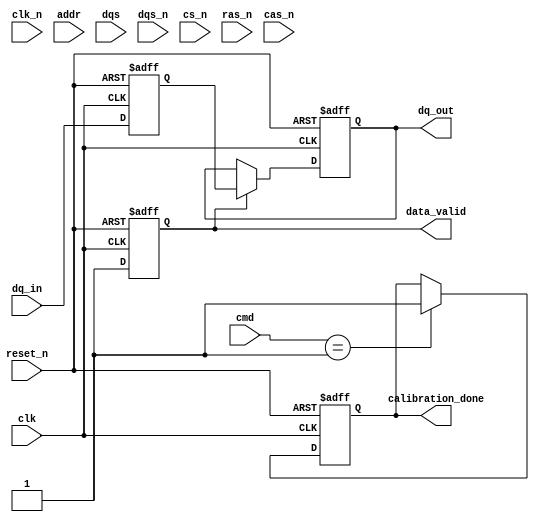
module gddr6x_io_block (
    input wire clk,
    input wire clk_n,
    input wire [DQ_WIDTH-1:0] dq_in,          // Data input
    output wire [DQ_WIDTH-1:0] dq_out,        // Data output
    input wire [ADDR_WIDTH-1:0] addr,         // Address input
    input wire [CMD_WIDTH-1:0] cmd,           // Command input
    input wire dqs,                            // Data Strobe
    input wire dqs_n,                          // Inverted Data Strobe
    input wire cs_n,                           // Chip Select
    input wire ras_n,                          // Row Address Strobe
    input wire cas_n,                          // Column Address Strobe
    output wire data_valid,                    // Data valid signal
    output wire calibration_done,              // Calibration status
    input wire reset_n                          // Asynchronous reset
);
    parameter DQ_WIDTH = 16;                   // Number of data signals
    parameter ADDR_WIDTH = 12;                 // Address width
    parameter CMD_WIDTH = 4;                   // Command width
    parameter CLK_PERIOD = 10;                  // Clock period in ns

    reg [DQ_WIDTH-1:0] data_buffer;            // Buffer for data
    reg [DQ_WIDTH-1:0] dq_out_reg;             // Output register for data
    reg calibration_done_reg;                   // Calibration done flag
    reg data_valid_reg;                         // Data valid flag

    // Input buffer for data signals
    always @(posedge clk or negedge reset_n) begin
        if (!reset_n) begin
            data_buffer <= 0;
            data_valid_reg <= 0;
        end else begin
            data_buffer <= dq_in;               // Capture incoming data
            data_valid_reg <= 1;                // Set data valid
        end
    end

    // Output buffer for data signals
    always @(posedge clk or negedge reset_n) begin
        if (!reset_n) begin
            dq_out_reg <= 0;                    // Reset output
        end else if (data_valid_reg) begin
            dq_out_reg <= data_buffer;          // Output the buffered data
        end
    end

    // Assign outputs
    assign dq_out = dq_out_reg;
    assign data_valid = data_valid_reg;

    // Command processing and timing logic
    always @(posedge clk or negedge reset_n) begin
        if (!reset_n) begin
            calibration_done_reg <= 0;
        end else if (cmd == 4'b0001) begin       // Example command for calibration
            // Calibration logic here
            calibration_done_reg <= 1;          // Indicate calibration done
        end
    end

    assign calibration_done = calibration_done_reg;

    // Additional logic for error detection and correction, power management, etc.
    // can be added here as per the requirements.

endmodule